Vaccine operations Central Provinces 1886-1899 - 1886-1899
Year: 1886
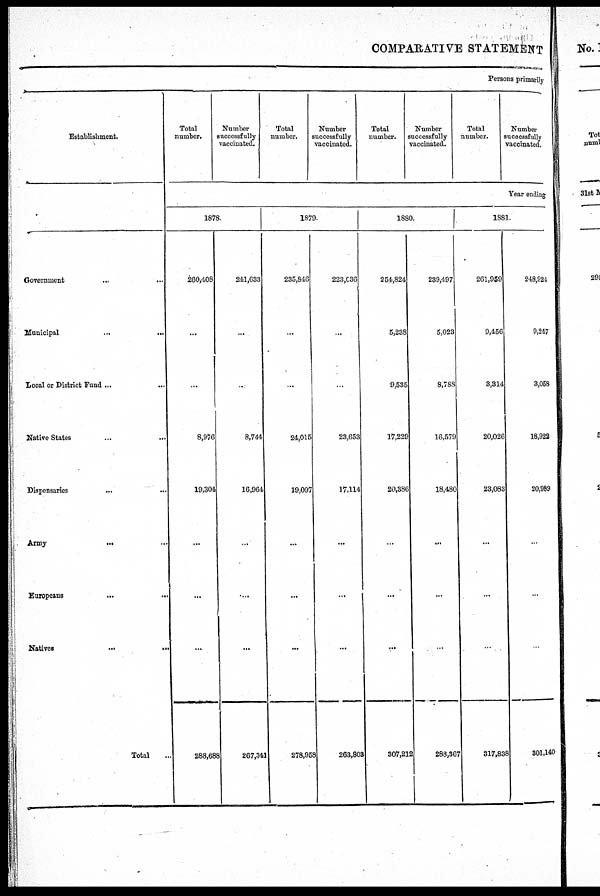
COMPARATIVE STATEMENT
Persons primarily
Establishment.
Total
number.
Number
successfully
vaccinated.
Total
number.
Number
successfully
vaccinated.
Total
number.
Number
successfully
vaccinated.
Total
number.
Number
successfully
vaccinated.
Year ending
Government...
Municipal...
...
Local or District Fund ...
...
Native States
...
...
Dispensaries...
Army...
...
Europeans...
Natives...
Total...
1878.
260,408
...
...
8,976
19,304
...
...
...
288,688
241,633
...
...
8,744
16,964
...
...
...
267,341
1879.
235,846
...
...
24,015
19,097
...
...
...
278,958
223,036
...
...
23,653
17,114
...
...
...
263,803
1880.
254,824
5,238
9,535
17,229
20,386
...
...
...
307,212
239,497
5,023
8,788
16,579
18,480
...
...
...
288,367
1881.
261,959
9,456
3,314
20,026
23,083
...
...
...
317,838
248,924
9,247
3,058
18,922
20,989
...
...
...
301,140